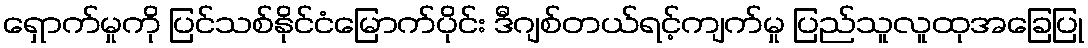
ရှောက်မှုကို ပြင်သစ်နိုင်ငံမြောက်ပိုင်း ဒီဂျစ်တယ်ရင့်ကျက်မှု ပြည်သူလူထုအခြေပြု